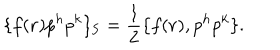
\{ f ( { \bf r } ) p ^ { h } p ^ { k } \} _ { \mathrm { S } } = { \frac { 1 } { 2 } } \{ f ( { \bf r } ) , p ^ { h } p ^ { k } \} .